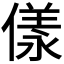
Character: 𠍵